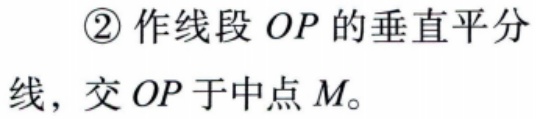
\textcircled{2}作线段 \(OP\) 的垂直平分线，交 \(OP\) 于中点 \(M\)。